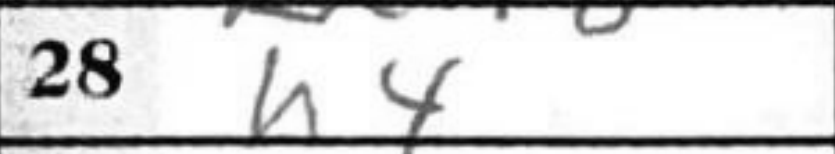
Transcription: h4